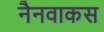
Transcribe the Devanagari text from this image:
नैनवाकस